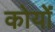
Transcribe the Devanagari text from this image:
कोयों